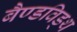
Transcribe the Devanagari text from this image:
बैण्डविड्थ